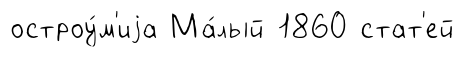
остроу́м'иjа Ма́лый 1860 стат'ей